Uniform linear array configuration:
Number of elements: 4
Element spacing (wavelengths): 0.25
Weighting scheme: cosine
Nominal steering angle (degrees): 30
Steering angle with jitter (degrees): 29.841
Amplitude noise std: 0.05
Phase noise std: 0.05

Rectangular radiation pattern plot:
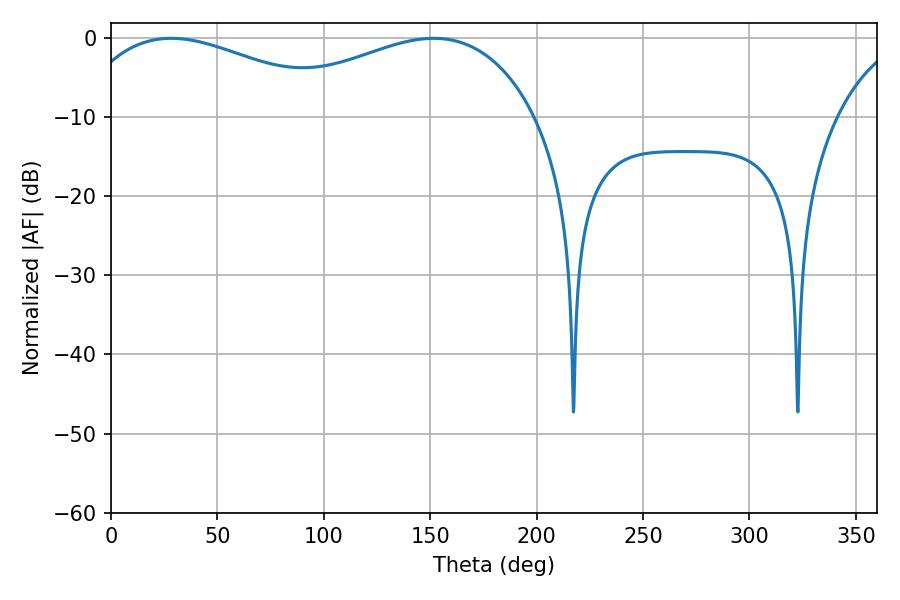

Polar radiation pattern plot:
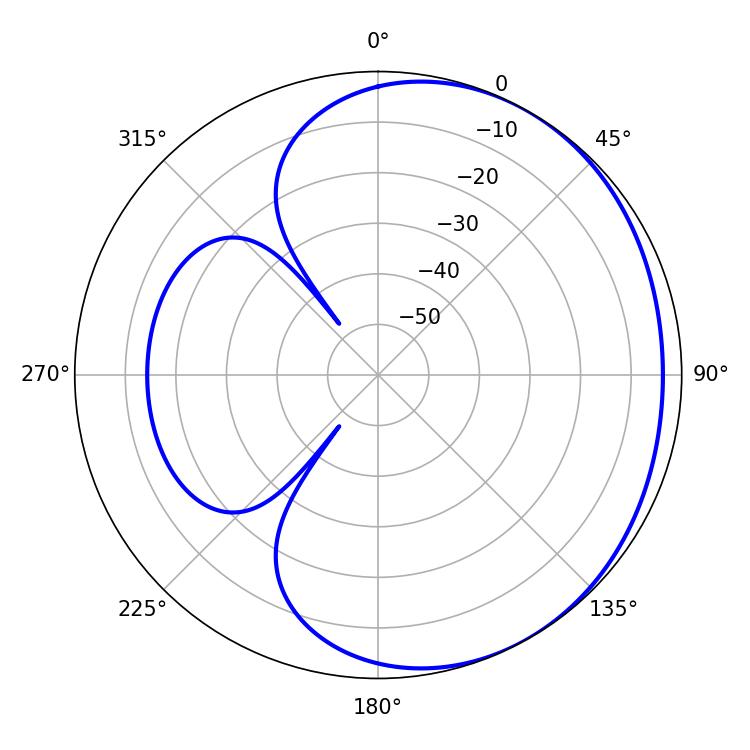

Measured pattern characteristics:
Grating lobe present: FALSE
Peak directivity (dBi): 1.971
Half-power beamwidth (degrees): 72
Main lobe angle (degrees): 28.26